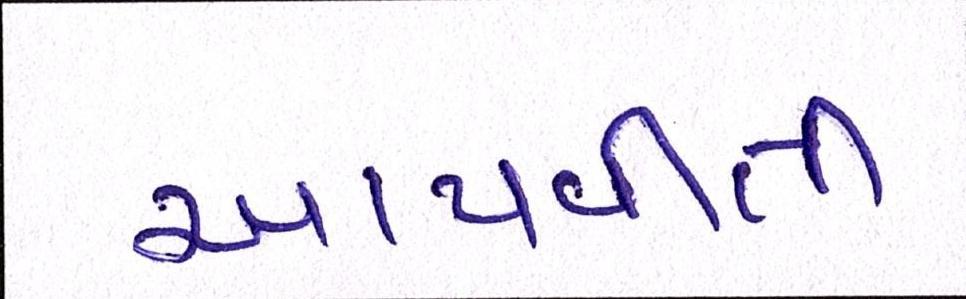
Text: આપવીતી